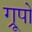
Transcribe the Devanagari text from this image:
ग्रूपो